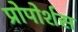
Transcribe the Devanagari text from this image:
प्रोपोर्शस